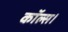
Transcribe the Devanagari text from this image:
कॉल्‍स।